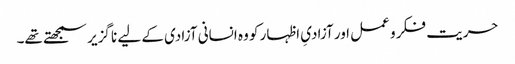
حریت فکر و عمل اور آزادیِ اظہار کو وہ انسانی آزادی کے لیے نا گزیر سمجھتے تھے۔